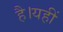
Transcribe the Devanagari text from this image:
है।यहीं